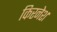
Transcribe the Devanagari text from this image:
किरनेश